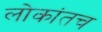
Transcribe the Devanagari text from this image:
लोकांतच